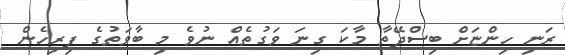
ރަނި ހިންޏަށް ބިސްދޭތާ މާކަ ގިނަ ވަގުތެއް ނުވެ މި ބާވަތުގެ ފިރިހެން